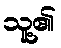
သူ့၏